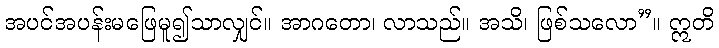
အပင်အပန်းမဖြေမူ၍သာလျှင်။ အာဂတော၊ လာသည်။ အသိ၊ ဖြစ်သလော”။ ဣတိ